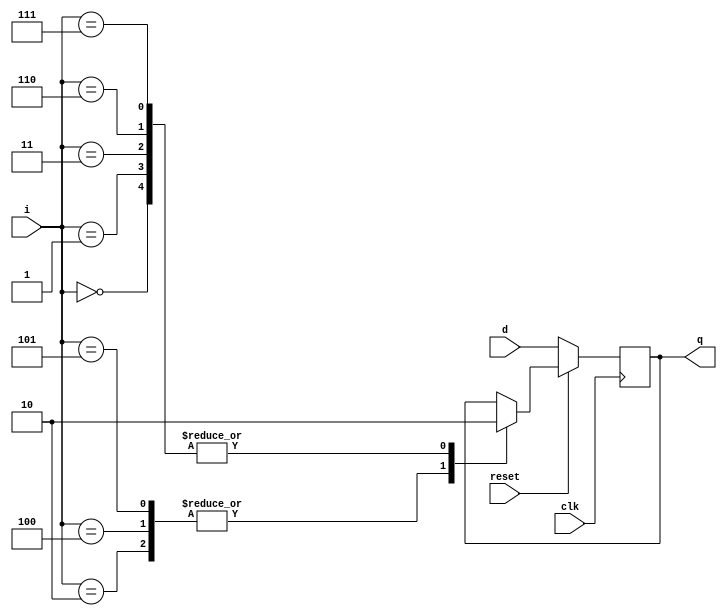
module FF(input clk,reset,d, input [3:0] i,output q);
    always @(negedge clk) begin
        if(reset) begin
            case(i)
                4'd0: q<=1'b0;
                4'd1: q<=1'b0;
                4'd2: q<=1'b1;
                4'd3: q<=1'b0;
                4'd4: q<=1'b1;
                4'd5: q<=1'b1;
                4'd6: q<=1'b0;
                4'd7: q<=1'b0;
            endcase
        end
        else
            q<=d;
    end
endmodule
module top_module (
    input clk,
    input reset,
    input [7:0] d,
    output [7:0] q
);
    generate
        genvar i;
        for(i=0;i<8;i++) begin: eightFF
            FF tmp(clk,reset,d[i],i,q[i]);
        end
    endgenerate

endmodule